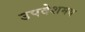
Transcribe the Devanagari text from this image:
उपदेशमय